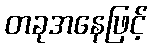
တခုအနေဖြင့်